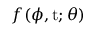
f ( \phi , \mathrm { t } ; { \theta } )